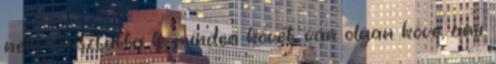
nem csúsztatta le minden kövét, van olyan köve, ami